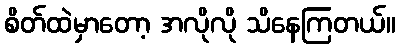
စိတ်ထဲမှာတော့ အလိုလို သိနေကြတယ်။